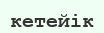
кетейік